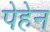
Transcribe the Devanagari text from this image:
पेहेन